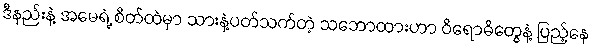
ဒီနည်းနဲ့ အမေရဲ့ စိတ်ထဲမှာ သားနဲ့ပတ်သက်တဲ့ သဘောထားဟာ ဝိရောဓိတွေနဲ့ ပြည့်နေ